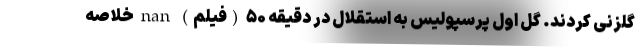
گلزنی کردند. گل اول پرسپولیس به استقلال در دقیقه ۵۰ (فیلم) nan خلاصه